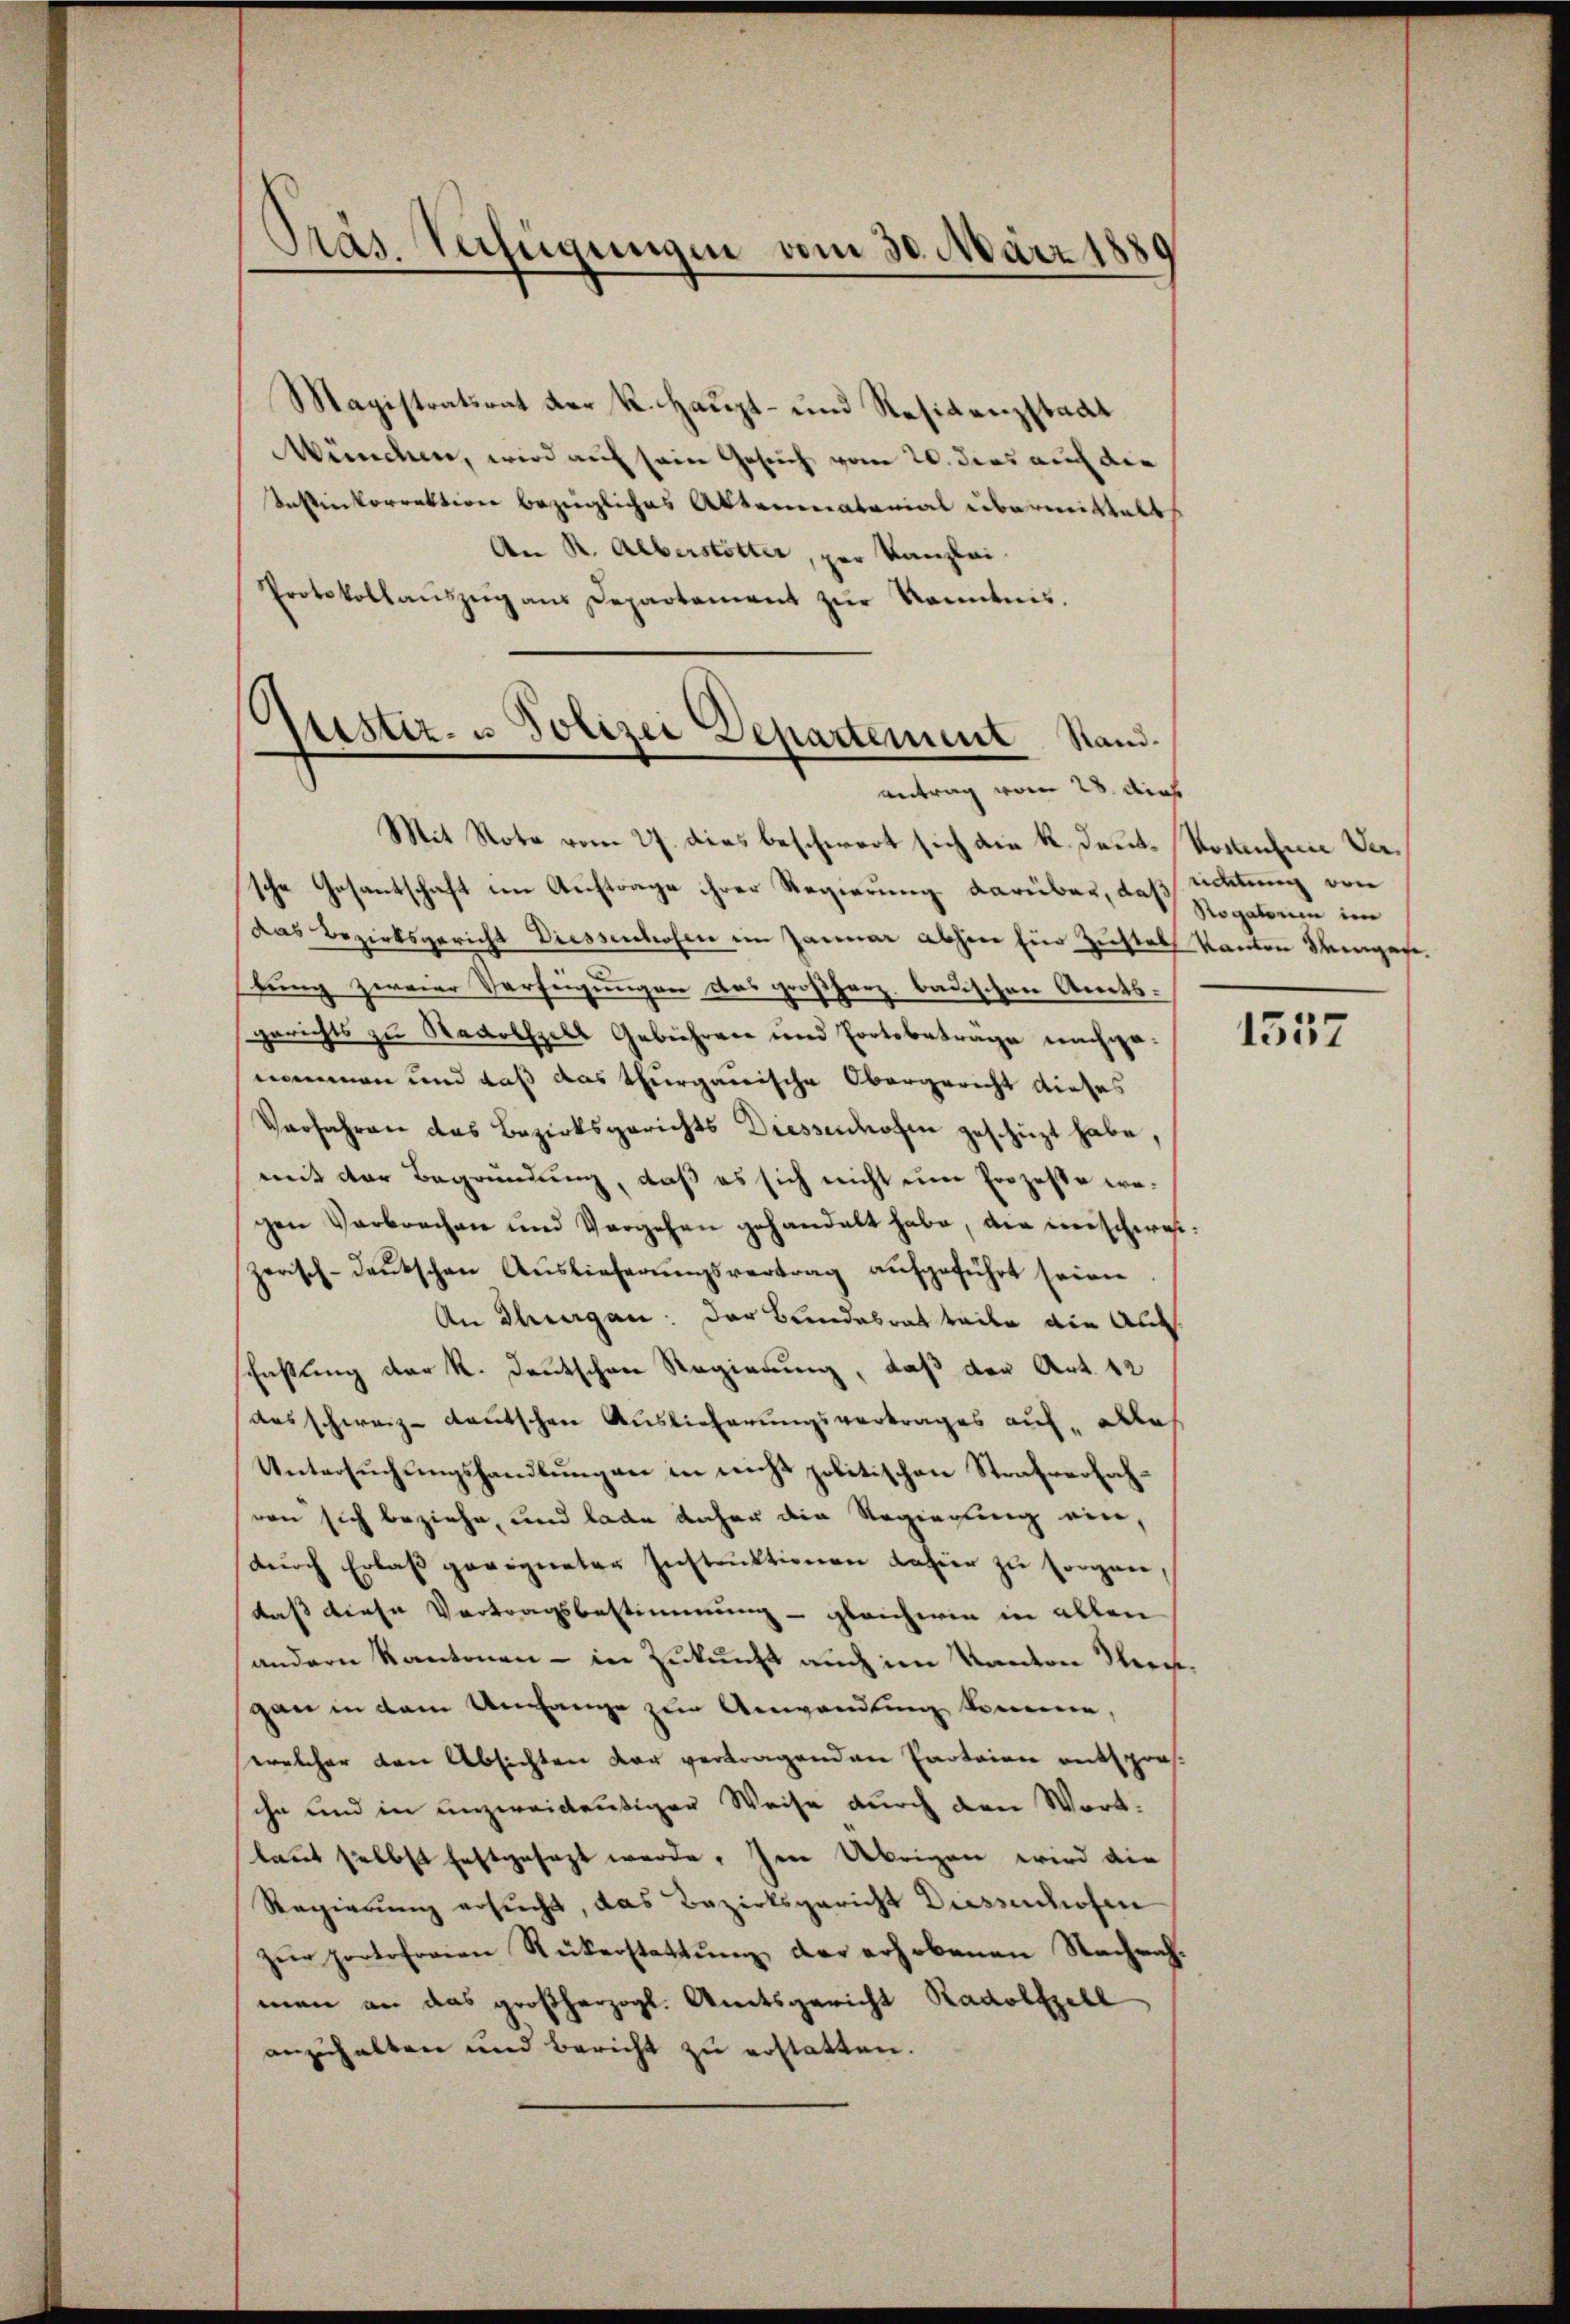
Präs. Verfügungen vom 30. März 1880

Magistratsrat der K. Haupt- und Residenzstadt
München, wird auf sein Gesuch vom 20. dies auf die
Instinkorrektion bezügliches Aktennatorial übermittelt
An R. Alberstötter, per Kanzlei.
Protokollauszeig aus Departement zŭr Kenntnis.

6
Justiz- u Polizei Departement Stand.
antrag vom 28. dies

Mit Note vom 27. dies beschwert sich am K. Deut. Kosanten Versche Gesantschaft im Auftrage ihrer Regierung darüber, daß mitung von
das Bezirksgericht Diessenhofen im Januar abherr für Zustell Kanton Singesetung zweier Verfügungen das großherz. badischen Amts-
gerichts zu Radolszell Gebühren und Fortbeträge nachgenommen und daß das thurgauische Obergericht dieses
Verfahren des Bezirksgerichts Diessenhofen geschüzt habe,
mit der Begründung, daß es sich nicht eine Prozesse wegen Verbrechen und Vergehen gehandelt habe, die weischereszerisch-deutschen Auslieferungsvertrag aufgeführt seien
An Thurgau: Der Bundesrat teile die Aus
schaftung der K. Deutschen Regierung, daß der Art. 12
Ausschweiz deutschen Auslieferungsvertrages auf, Aes
Untersuchungshandlungen in nicht politischen Strafverfahren sich beziehe, und lade daher die Regierung ein,
durch Erlaß geeigneter Instruktionen dahier zu sorgen,
daß diese Vertragsbestimmung - gleicheren in allen
andern Kantonen - in Zukunft auch im Kanton Neergan in dem Umfange zur Anwandlung komme,
welcher den Absichten vor vertragenden Parteien entsprosihn und in unzweideutiger Weise durch den Wortlaut selbst festgesezt werde. Im Übrigen wird die
Regierung ersucht, das Bezirksgericht Diessenhofen
zŭr portofreien Rükerstattŭng der erhobenen Nachrach-
man an das großherzogl. Amtsgericht Radolfzell
anzuhalten und Bericht zu erstatten.

Rogatum im

1557